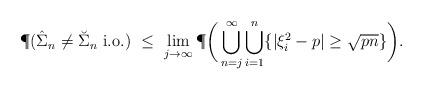
LaTeX: \begin{align*} \P(\hat\Sigma_n\neq \breve \Sigma_n \ \textup{i.o.}) \ \leq \ \lim_{j\to\infty}\P\bigg(\bigcup_{n=j}^{\infty}\bigcup_{i=1}^n \{|\xi_i^2-p|\geq \sqrt{pn}\}\bigg).\end{align*}